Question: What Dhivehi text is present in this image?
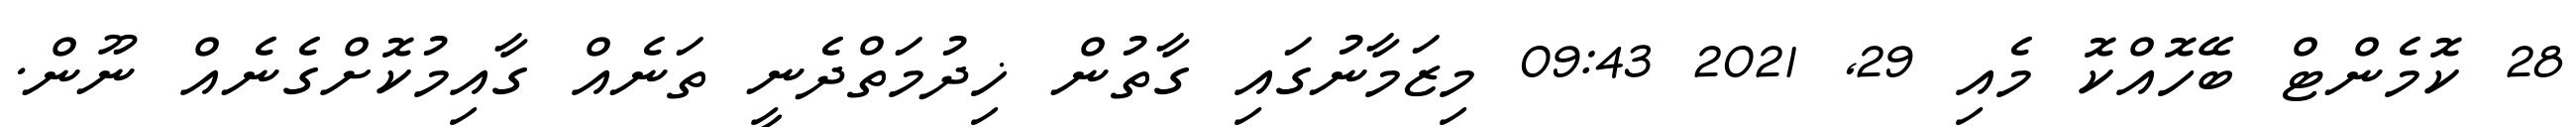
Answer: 28 ކޮމެންޓް ބޭހޮއްކޮ މެއި 29, 2021 09:43 މިޒަމާނުގައި ގާތުން ޚިދުމަތްދެނީ ތަނެއް ގާއިމުކޮށްގެނެއް ނޫން.